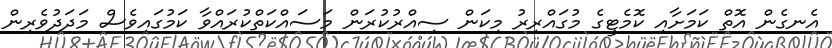
އެނގެން އޮތް ކަމަށާއި ކޮމެޓީގެ މުގައްރިރު މިކަން ސިއްރުކުރަން މަސައްކަތްކުރައްވާ ކަމުގައިވެސް މަދަދުވެރިން